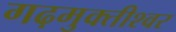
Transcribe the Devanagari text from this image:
गढ़मुक्तीश्वर